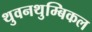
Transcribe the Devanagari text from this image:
थुवनथुम्बिकल